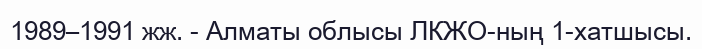
1989–1991 жж. - Алматы облысы ЛКЖО-ның 1-хатшысы.